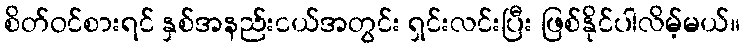
စိတ်ဝင်စားရင် နှစ်အနည်းငယ်အတွင်း ရှင်းလင်းပြီး ဖြစ်နိုင်ပါလိမ့်မယ်။